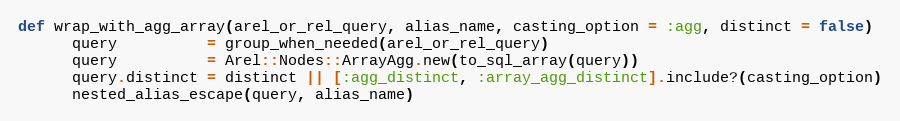
Language: Ruby
def wrap_with_agg_array(arel_or_rel_query, alias_name, casting_option = :agg, distinct = false)
      query          = group_when_needed(arel_or_rel_query)
      query          = Arel::Nodes::ArrayAgg.new(to_sql_array(query))
      query.distinct = distinct || [:agg_distinct, :array_agg_distinct].include?(casting_option)
      nested_alias_escape(query, alias_name)